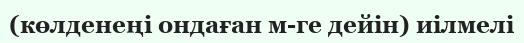
(көлденеңі ондаған м-ге дейін) иілмелі